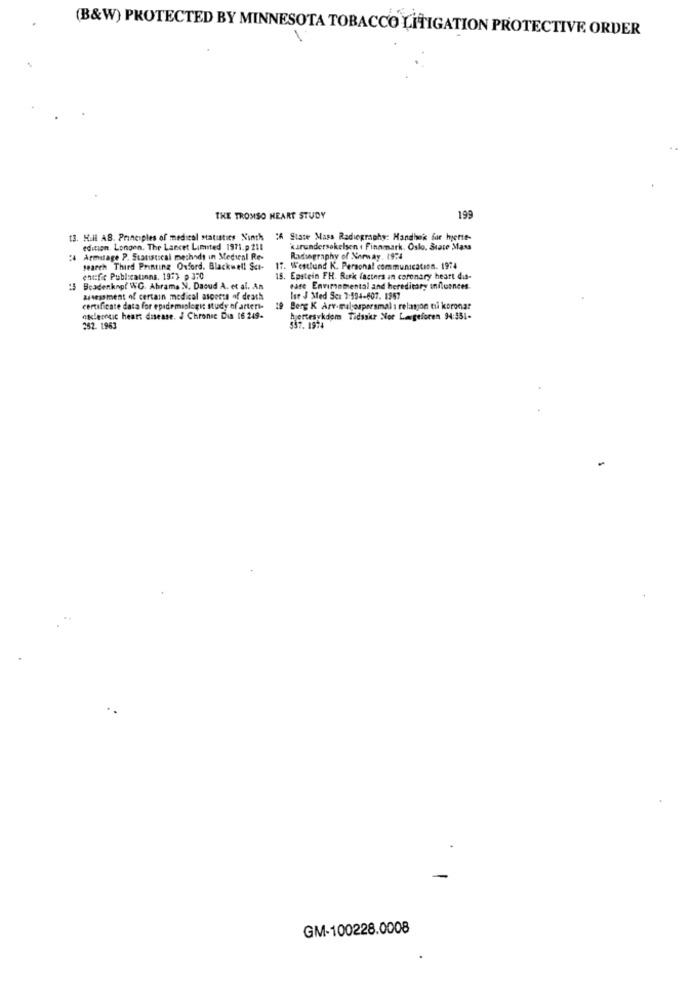
(B&W) PROTECTED BY MINNESOTA TOBACCO LITIGATION PROTECTIVE ORDER
THE TROMSO HEART STUDY
199
13. Hill AB. Principles of medical statistics Ninth "A State Mass Radiography: Handhok for hjerte-
edition. Longen. The Lancet Limited 1971.p 211
'kurundersøkelsen . Finnmark. Oslo. State Mass
Armitage P. Statistical methods in Medical Re-
Radugraphy of Norway. 1924
search Third Printing Oxford. Blackwell Sct-
17. Westlund K. Personal communication. 1974
entifie Publications. 1977 p 370
. Epstein FH. Risk factnes an coronary heart dis-
Boadenkno( WG. Abrams N. Daoud A. et al. An
ease Enviromental and hereditary influences.
assessment of certain medical aspects of death
lur J Med Sci 7:594-607. 1967
certificate data for epidemiologi; study of arteri-
19
Berg K Arv-malosparamal : relasjon tu koronar
atlecouic heart disease. J Chronic Dis 16 249-
hjertesykdom Tidsskr Nor Lægeforen 94:351-
252. 1963
557. 1974
GM-100228.0008